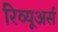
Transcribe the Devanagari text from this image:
रिव्यूअर्स